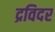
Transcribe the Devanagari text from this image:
द्रविदर